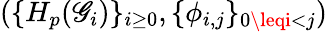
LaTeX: (\{ H_{p}(\mathscr{G}_{i})\} _{i\ge0},\{ \phi_{i,j}\} _{0\leqi<j})